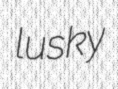
lusky